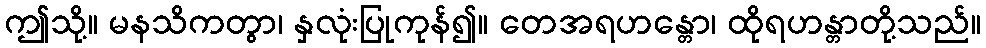
ဤသို့။ မနသိကတွာ၊ နှလုံးပြုကုန်၍။ တေအရဟန္တော၊ ထိုရဟန္တာတို့သည်။